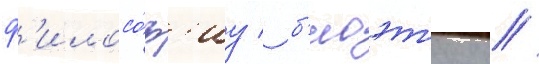
ф'илосо́ф'иу / б'иоэт'ику /